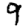
Digit: 9